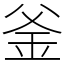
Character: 釜